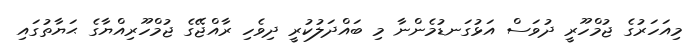
މިއަހަރުގެ ޖުމްހޫރީ ދުވަސް އަޅުގަނޑުމެންނާ މި ބައްދަލުކުރީ ދިވެހި ރާއްޖޭގެ ޖުމްހޫރިއްޔާގެ ޙަޔާތުގައި